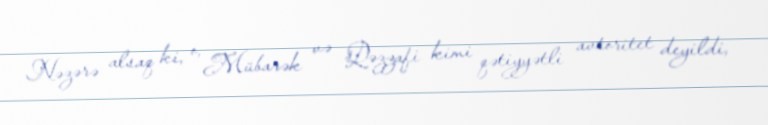
Nəzərə alsaq ki, o, Mübarək və Qəzzafi kimi qətiyyətli avtoritet deyildi,